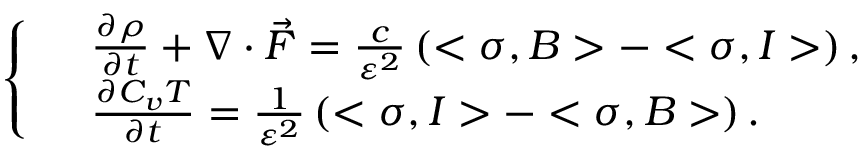
\left\{ \begin{array} { r l } & { \frac { \partial \rho } { \partial t } + \nabla \cdot \vec { F } = \frac { c } { \varepsilon ^ { 2 } } \left( < \sigma , B > - < \sigma , I > \right) , } \\ & { \frac { \partial C _ { v } T } { \partial t } = \frac { 1 } { \varepsilon ^ { 2 } } \left( < \sigma , I > - < \sigma , B > \right) . } \end{array} \right.